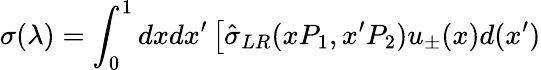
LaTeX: \sigma(\lambda)=\int_{0}^{1}dxdx^{\prime}\left[\hat{\sigma}_{LR}(xP_{1},x^{\prime}P_{2})u_{\pm}(x)d(x^{\prime})\right.